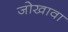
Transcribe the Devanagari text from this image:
जोखावा